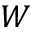
W